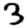
Digit: 3